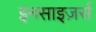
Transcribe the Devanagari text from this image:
इनसाइज़र्स